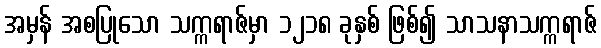
အမှန် အစပြုသော သက္ကရာဇ်မှာ ၁၂၁၈ ခုနှစ် ဖြစ်၍ သာသနာသက္ကရာဇ်